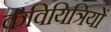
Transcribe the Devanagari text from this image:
कवियित्रियों